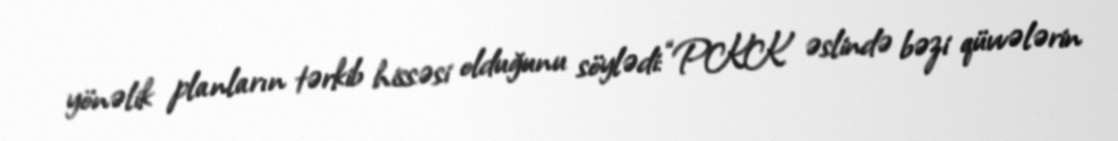
yönəlik planların tərkib hissəsi olduğunu söylədi: “PKK əslində bəzi qüvvələrin